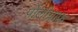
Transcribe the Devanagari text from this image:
पोलीग्राफ